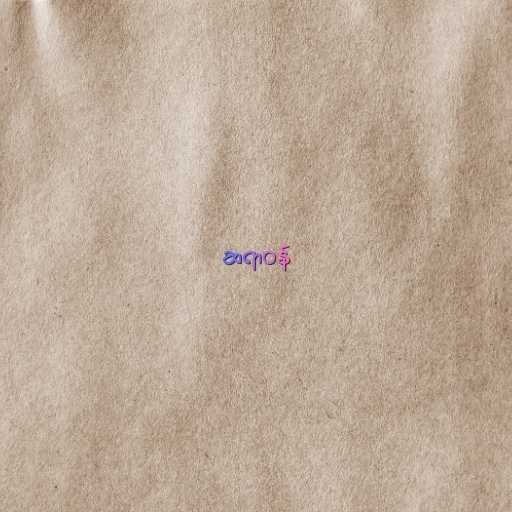
ဆရာဝန်